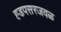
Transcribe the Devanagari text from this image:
ह्डपसरजवळ